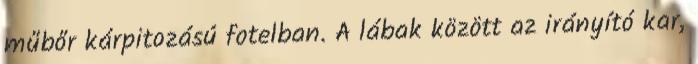
műbőr kárpitozású fotelban. A lábak között az irányító kar,